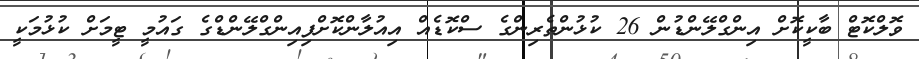
ވޮލްކޮޓް ބާކީކޮށް އިންގްލޭންޑުން 26 ކުޅުންތެރިންގެ ސްކޮޑެއް އިއުލާންކޮށްފިއިންގްލޭންޑްގެ ގައުމީ ޓީމަށް ކުޅުމަކީ